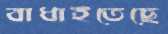
বাধাইতেছে